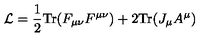
{ \cal L } = { \frac { 1 } { 2 } } \mathrm { T r } ( F _ { \mu \nu } F ^ { \mu \nu } ) + 2 \mathrm { T r } ( J _ { \mu } A ^ { \mu } )